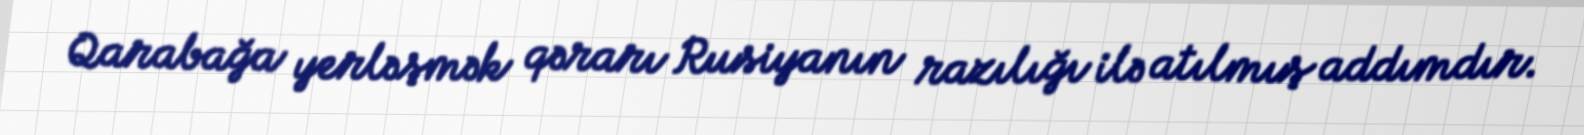
Qarabağa yerləşmək qərarı Rusiyanın razılığı ilə atılmış addımdır.